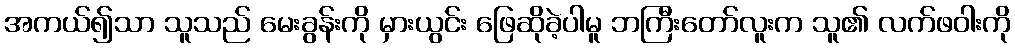
အကယ်၍သာ သူသည် မေးခွန်းကို မှားယွင်း ဖြေဆိုခဲ့ပါမူ ဘကြီးတော်လူးက သူ၏ လက်ဖဝါးကို